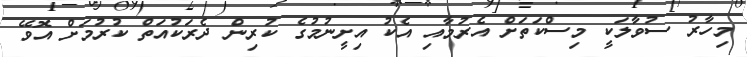
މިހާރު ސުވާލަކީ މިސްކަތަށް އެރުމާއި އެކު އިށީނުމުގެ ކުރިން ދެރަކުއަތް ކުރުމަށް އޮވޭ